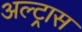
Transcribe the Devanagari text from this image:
अल्ट्रास